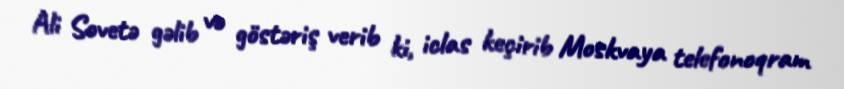
Ali Sovetə gəlib və göstəriş verib ki, iclas keçirib Moskvaya telefonoqram